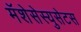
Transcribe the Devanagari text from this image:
मॅशेसेस्युसेटस